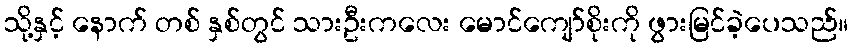
သို့နှင့် နောက် တစ် နှစ်တွင် သားဦးကလေး မောင်ကျော်စိုးကို ဖွားမြင်ခဲ့ပေသည်။